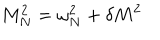
M _ { N } ^ { 2 } = \omega _ { N } ^ { 2 } + \delta M ^ { 2 }